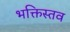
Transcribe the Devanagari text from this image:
भक्तिस्तव